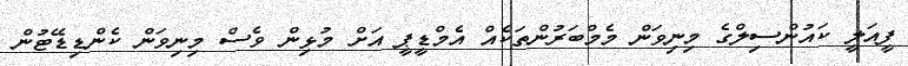
ފީއަލީ ކައުންސިލްގެ މިނިވަން މެމްބަރުންތަކެއް އެމްޑީޕީ އަށް މުޅިން ވެސް މިނިވަން ކެންޑިޑޭޓުން